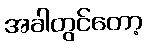
အခါတွင်တော့